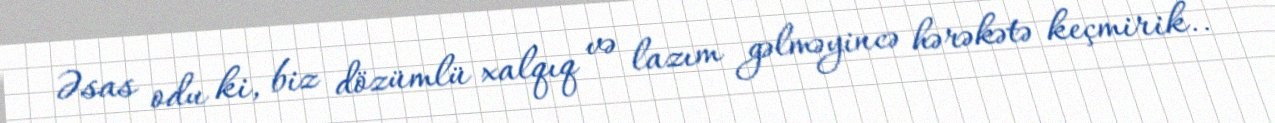
Əsas odu ki, biz dözümlü xalqıq və lazım gəlməyincə hərəkətə keçmirik..